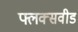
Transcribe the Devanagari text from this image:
फ्लक्सवीड